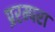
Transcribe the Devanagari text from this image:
प्ररम्परा